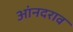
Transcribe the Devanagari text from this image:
आंनदराव